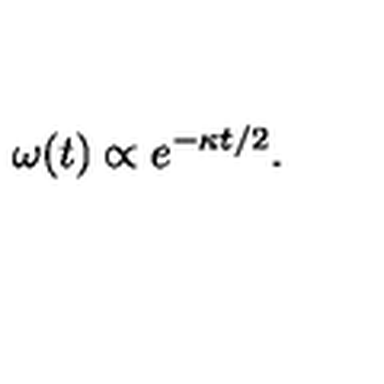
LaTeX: \: \omega ( t ) \propto e ^ { - \kappa t / 2 } . \: